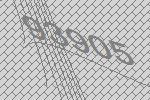
93905